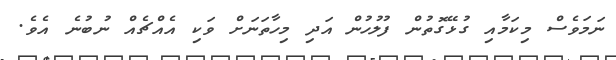
ނަމަވެސް މިކަމާއި ގުޅޭގޮތުން ފުލުހުން އަދި މިހާތަނަށް ވަކި އެއްޗެއް ނުބުނެ އެވެ.